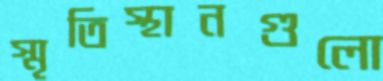
স্মৃতিস্থানগুলো